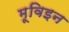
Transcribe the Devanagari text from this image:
मूविइन